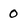
Character: 0